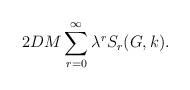
LaTeX: \begin{align*} 2DM\sum_{r=0}^\infty\lambda^r S_r(G,k).\end{align*}